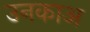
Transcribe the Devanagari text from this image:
उनकाअ